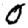
Digit: 0